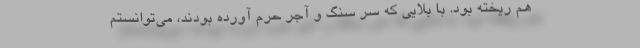
هم ریخته بود. با بلایی که سر سنگ و آجر حرم آورده بودند، می‌توانستم